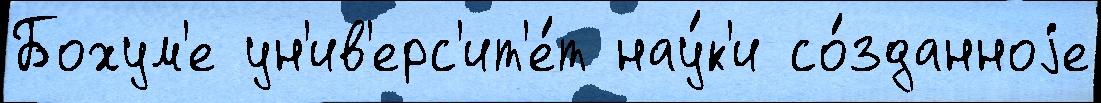
Бохум'е ун'ив'ерс'ит'е́т нау́к'и со́зданноjе